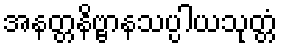
အနတ္တနိဗ္ဗာနသပ္ပါယသုတ္တံ